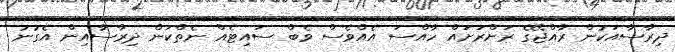
ދިރާސާއަކުން ރާއްޖޭގެ ރަށްރަށައް ހާއްސަ އެއްވެސް ވެބް ސައިޓެއް ނެތްކަން ދިރާސާއިން އެގުނު